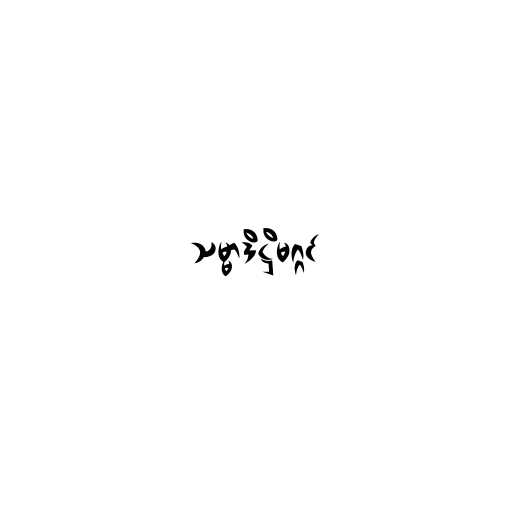
သမ္မာဒိဋ္ဌိမဂ္ဂင်